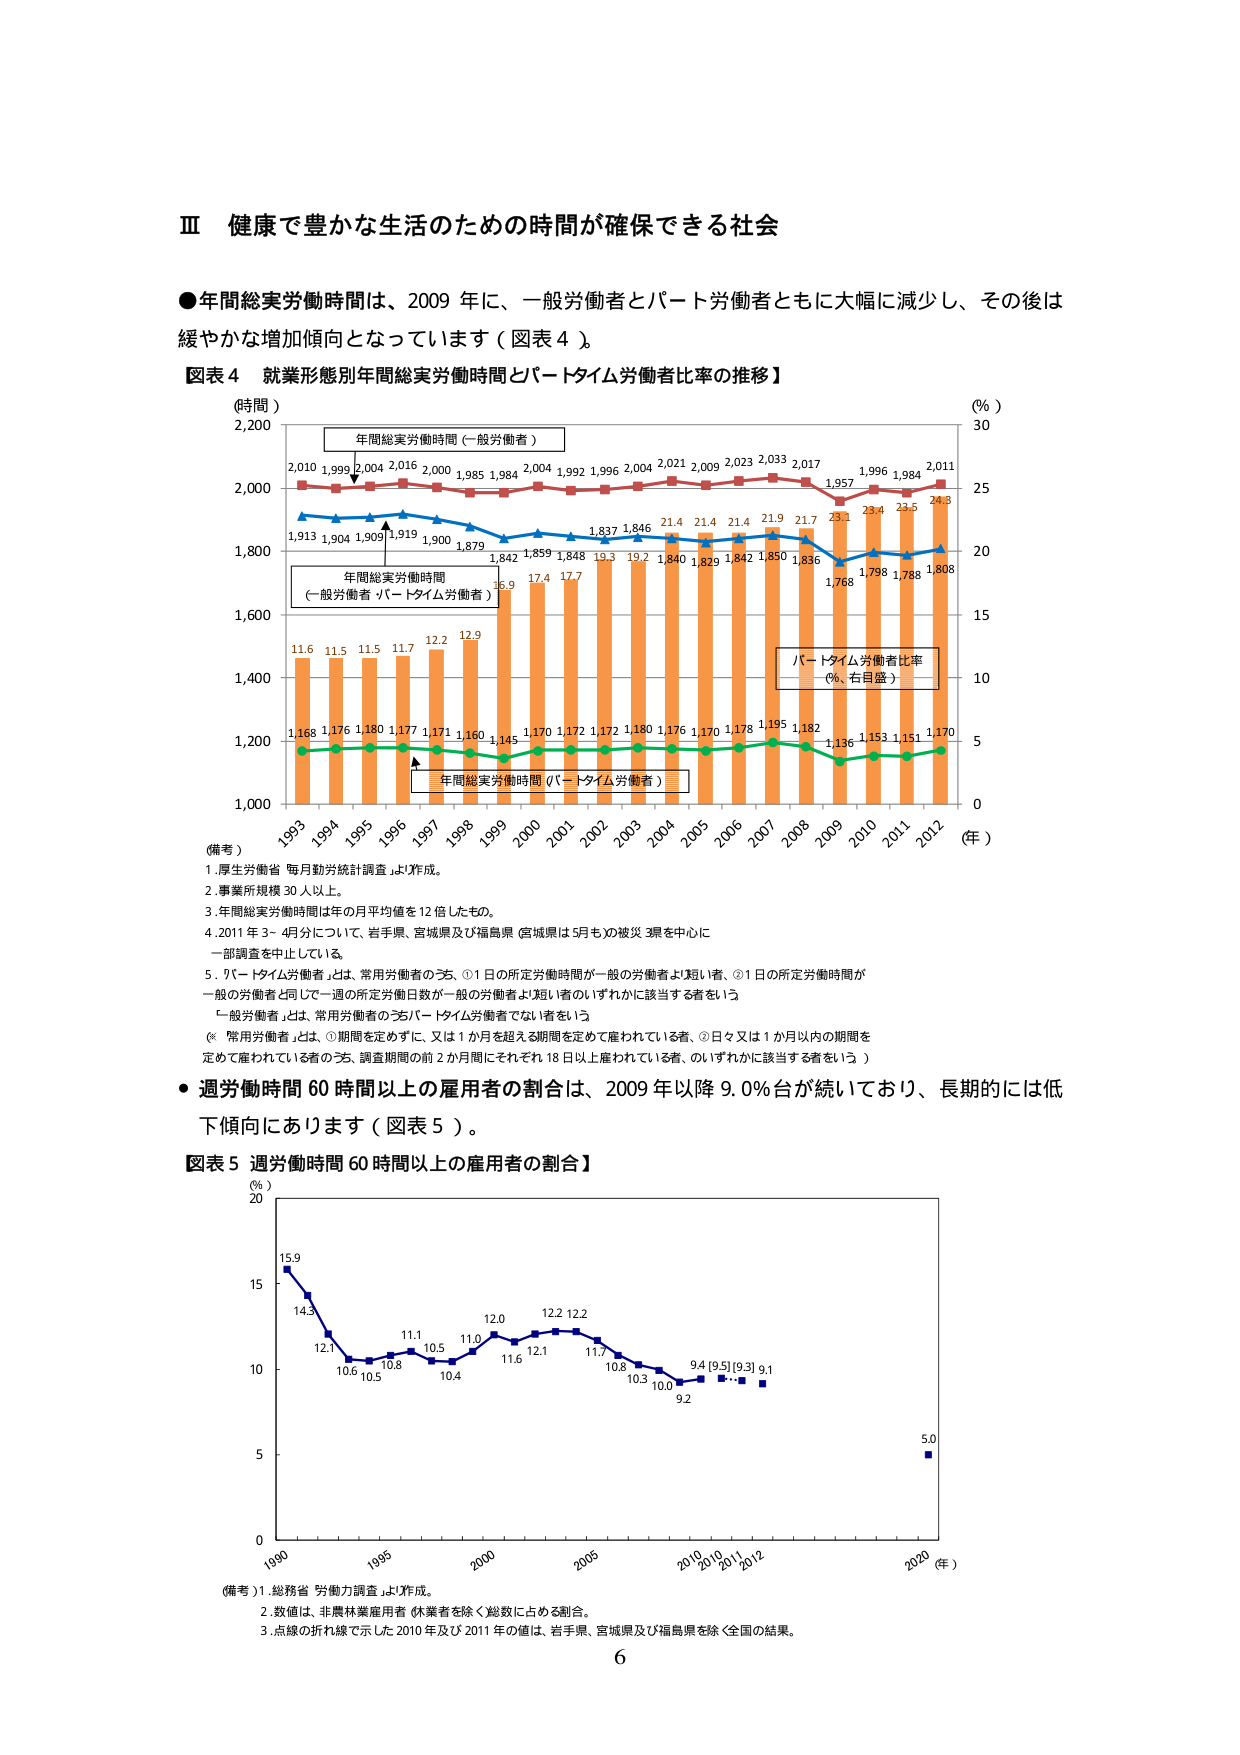
Ⅲ 健康で豊かな生活のための時間が確保できる社会

●年間総実労働時間は、2009 年に、一般労働者とパート労働者ともに大幅に減少し、その後は緩やかな増加傾向となっています（図表 4）。

【図表 4 就業形態別年間総実労働時間とパートタイム労働者比率の推移】

（時間）
2,200
2,010 1,999 2,004 2,016 2,000 1,985 1,984 2,004 1,992 1,996 2,004 2,021 2,009 2,023 2,033 2,017 1,957 1,996 1,984 2,011
2,000
1,913 1,904 1,909 1,919 1,900 1,879 1,842 1,859 1,848 1,837 1,846 21.4 21.4 21.9 21.7 23.1 23.4 23.5 24.3
1,800
年間総実労働時間（一般労働者）
年間総実労働時間（一般労働者・パートタイム労働者）
16.9 17.4 17.7 19.3 19.2 18.40 18.29 18.42 18.50 18.36 17.68 17.98 17.88 18.08
1,600
11.6 11.5 11.5 11.7 12.2 12.9
1,400
1,168 1,176 1,180 1,177 1,171 1,160 1,145 1,170 1,172 1,172 1,180 1,176 1,170 1,178 1,195 1,182 1,136 1,153 1,151 1,170
1,200
年間総実労働時間（パートタイム労働者）
1,000
（年）
1993 1994 1995 1996 1997 1998 1999 2000 2001 2002 2003 2004 2005 2006 2007 2008 2009 2010 2011 2012
（％）
30
25
20
パートタイム労働者比率
（％、右目盛）
15
10
5
0

（備考）
1. 厚生労働省「毎月勤労統計調査」より作成。
2. 事業所規模 30 人以上。
3. 年間総実労働時間は年の月平均値を 12 倍したもの。
4. 2011 年 3～4月分について、岩手県、宮城県及び福島県（宮城県は 5月も）の被災 3県を中心に一部調査を中止している。
5. 「パートタイム労働者」とは、常用労働者のうち、①1日の所定労働時間が一般の労働者より短い者、②1日の所定労働時間が一般の労働者と同じで一週の所定労働日数が一般の労働者より短い者のいずれかに該当する者をいう。
「一般労働者」とは、常用労働者のうちパートタイム労働者でない者をいう。
（※「常用労働者」とは、①期間を定めずに、又は 1か月を超える期間を定めて雇われている者、②日々又は 1か月以内の期間を定めて雇われている者のうち、調査期間の前 2か月間にそれぞれ 18日以上雇われている者、のいずれかに該当する者をいう。）

●週労働時間 60 時間以上の雇用者の割合は、2009 年以降 9.0％台が続いており、長期的には低下傾向にあります（図表 5）。

【図表 5 週労働時間 60 時間以上の雇用者の割合】

（％）
20
15.9
14.3
12.1
10.6 10.5
10.8
11.1
10.5
10.4
11.0
12.0
11.6
12.1
12.2
11.7
10.8
10.3
10.0
9.2
9.4 [9.5] [9.3] 9.1
5.0
10
5
0
1990 1995 2000 2005 2010 2011 2012 2020
（年）

（備考）
1. 総務省「労働力調査」より作成。
2. 数値は、非農林業雇用者（休業者を除く）総数に占める割合。
3. 点線の折れ線で示した 2010 年及び 2011 年の値は、岩手県、宮城県及び福島県を除く全国の結果。

6